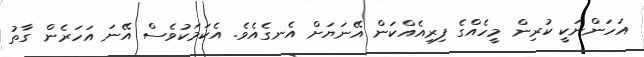
އަހަންނަކީ ކުރިން މީހެއްގެ ފިރިއެއްކަން އޭނަޔަށް އެނގެއެވެ. އެކަމަކުވެސް އޭނަ އަހަރެން ގާތު